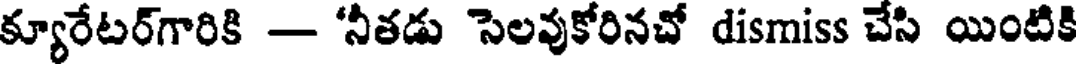
క్యూరేటర్గారికి - 'నీతడు సెలవుకోరినచో dismiss చేసి యింటికి